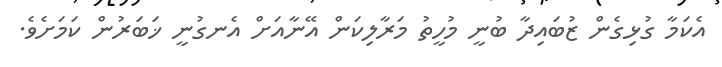
އެކަމާ ގުޅިގެން ޒުބައިދާ ބުނީ މުހީތު މަރާލިކަން އޭނާއަށް އެނގުނީ ޚަބަރުން ކަމަށެވެ.